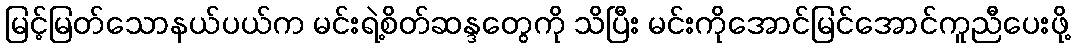
မြင့်မြတ်သောနယ်ပယ်က မင်းရဲ့စိတ်ဆန္ဒတွေကို သိပြီး မင်းကိုအောင်မြင်အောင်ကူညီပေးဖို့